Report on lock hospitals in British Burma
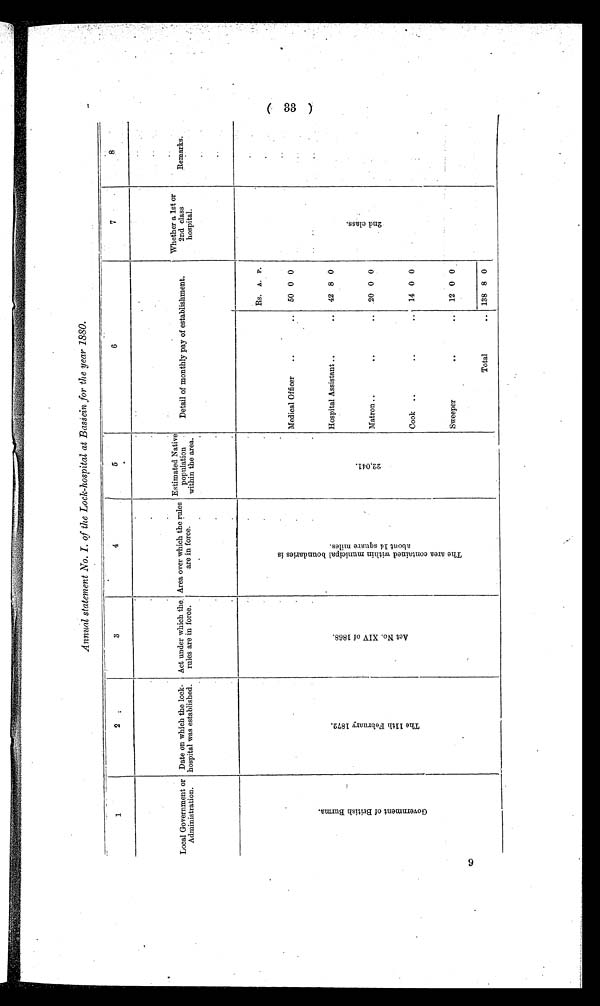
1
2 3
4
5
6
7
8
Local Government or
Administration.
Date on which the lock-
hospital was established.
Act under which the.
rules are in force.
Area over which the rules
are in force.
Estimated Native
population
within the area.
Detail of monthly pay of establishment.
Whether a 1st or
2nd class
hospital.
Remarks
G o v e r n m e n t o f B r i t i s h B u r m a .
T h e 1 1 t h F e b r u a r y 1 8 7 2 .
A c t N o . X I V o f 1 8 6 8 .
T h e a r e a c o n t a i n e d w i t h i n m u n i c i p a l b o u n d a r i e s i s a b o u t 1 4 s q u a r e m i l e s .
2 2 , 0 4 1 .
Rs. A. P.
2 n d c l a s s .
Medical Officer
..
Hospital Assistant ..
Matron ..
..
Cook ..
..
Sweeper
. .
..
..
..
..
..
50 0 0
42 8 0
20 0 0
14 0 0
12 0 0
Total
.. 138 8 0
Annual statement No. I. of the Lock-hospital at Bassein for the year 1880.